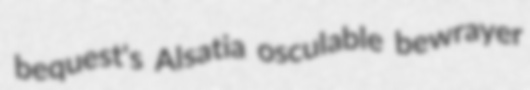
bequest's Alsatia osculable bewrayer